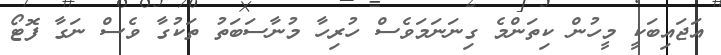
އަޖައިބަކީ މީހުން ކިތަންމެ ގިނަނަމަވެސް ހުރިހާ މުނާސަބަތު ތަކުގާ ވެސް ނަގާ ފޮޓޯ